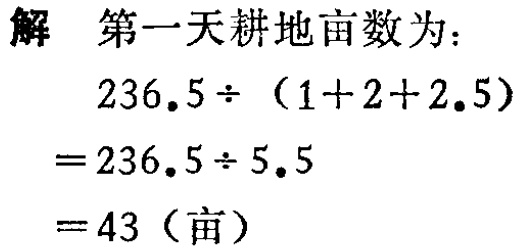
解 第一天耕地亩数为：
\[
\begin{align*}
&236.5\div(1 + 2+2.5)\\
=&236.5\div5.5\\
=&43 \text{（亩）}
\end{align*}
\]